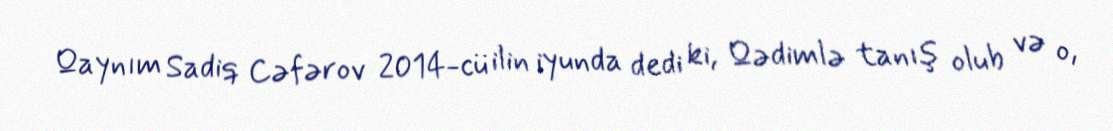
Qaynım Sadiq Cəfərov 2014-cü ilin iyunda dedi ki, Qədimlə tanış olub və o,